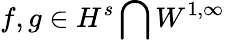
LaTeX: f,g\in H^{s}\bigcap W^{1,\infty}